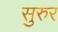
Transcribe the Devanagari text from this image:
सुरुर